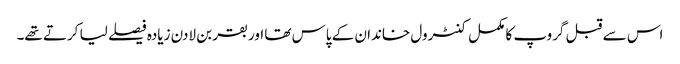
اس سے قبل گروپ کا مکمل کنٹرول خاندان کے پاس تھا اور بقر بن لادن زیادہ فیصلے لیا کرتے تھے۔